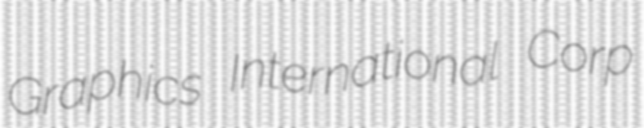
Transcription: Graphics International Corp